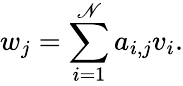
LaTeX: w_{j}=\sum_{i=1}^{\mathscr{N}}a_{i,j}v_{i}.